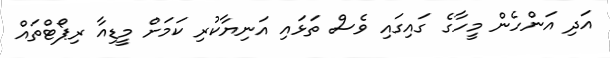
އަދި އަންހެން މީހާގެ ގައިގައި ވެސް ތަޅައި އަނިޔާކުރި ކަމަށް މީޑިއާ ރިޕޯޓްތައް